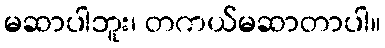
မဆာပါဘူး၊ တကယ်မဆာတာပါ။